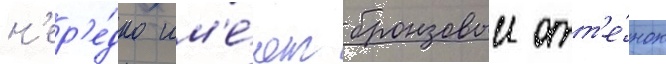
н'ер'е́дко им'е́ют бронзовыи отт'е́нок